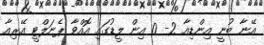
އޭނާ ބުނީ އިންޑިއާ 2- 0 އިން ލީޑުގައި އޮއްވާ ޕެނަލްޓީ އޭރިއާ